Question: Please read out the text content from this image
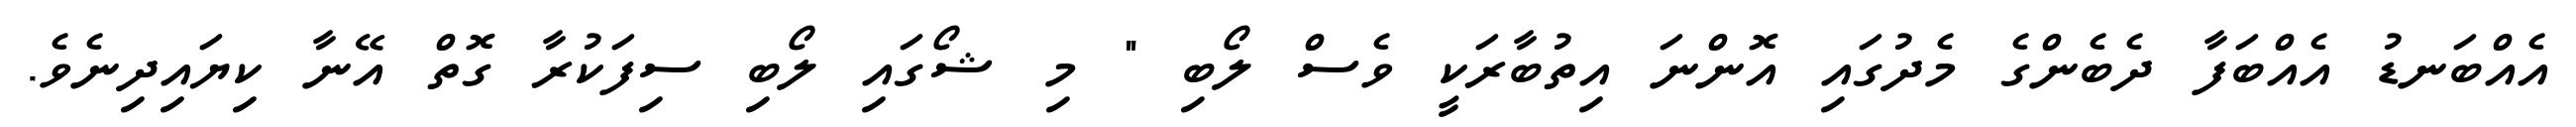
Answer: އެއްބަނޑު އެއްބަފާ ދެބެންގެ މެދުގައި އޮންނަ އިތުބާރަކީ ވެސް ލޯބި " މި ޝޯގައި ލޯބި ސިފަކުރާ ގޮތް އޭނާ ކިޔައިދިނެވެ.